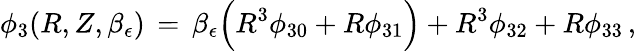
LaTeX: \phi_{3}(R,Z,\beta_{\epsilon})\, =\, \beta_{\epsilon}\Bigl(R^{3}\phi_{30}+R\phi_{31}\Bigr)+R^{3}\phi_{32}+R\phi_{33}\, ,